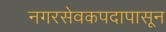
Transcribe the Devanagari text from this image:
नगरसेवकपदापासून